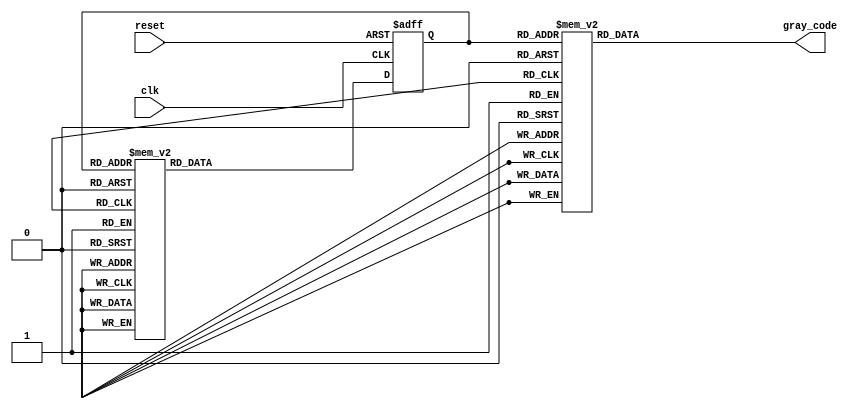
module johnson_gray_counter (
   input wire clk,
   input wire reset,
   output reg [3:0] gray_code
);

reg [3:0] state;

always @ (posedge clk or posedge reset) begin
   if (reset) begin
      state <= 4'b0000;
   end else begin
      case (state)
         4'b0000: state <= 4'b0001;
         4'b0001: state <= 4'b0011;
         4'b0011: state <= 4'b0111;
         4'b0111: state <= 4'b1111;
         4'b1111: state <= 4'b1110;
         4'b1110: state <= 4'b1100;
         4'b1100: state <= 4'b1000;
         4'b1000: state <= 4'b0000;
         default: state <= 4'b0000;
      endcase
   end
end

always @ (*) begin
   case (state)
      4'b0000: gray_code = 4'b0000;
      4'b0001: gray_code = 4'b0001;
      4'b0011: gray_code = 4'b0011;
      4'b0111: gray_code = 4'b0010;
      4'b1111: gray_code = 4'b0110;
      4'b1110: gray_code = 4'b0111;
      4'b1100: gray_code = 4'b0101;
      4'b1000: gray_code = 4'b0100;
      default: gray_code = 4'b0000;
   endcase
end

endmodule